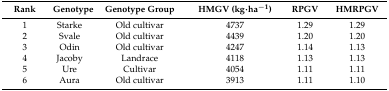
<table><thead><tr><td><b>Rank</b></td><td><b>Genotype</b></td><td><b>Genotype Group</b></td><td><b>HMGV (kg·ha<sup>−1</sup>)</b></td><td><b>RPGV</b></td><td><b>HMRPGV</b></td></tr></thead><tbody><tr><td>1</td><td>Starke</td><td>Old cultivar</td><td>4737</td><td>1.29</td><td>1.29</td></tr><tr><td>2</td><td>Svale</td><td>Old cultivar</td><td>4439</td><td>1.20</td><td>1.20</td></tr><tr><td>3</td><td>Odin</td><td>Old cultivar</td><td>4247</td><td>1.14</td><td>1.13</td></tr><tr><td>4</td><td>Jacoby</td><td>Landrace</td><td>4118</td><td>1.13</td><td>1.13</td></tr><tr><td>5</td><td>Ure</td><td>Cultivar</td><td>4054</td><td>1.11</td><td>1.11</td></tr><tr><td>6</td><td>Aura</td><td>Old cultivar</td><td>3913</td><td>1.11</td><td>1.10</td></tr></tbody></table>